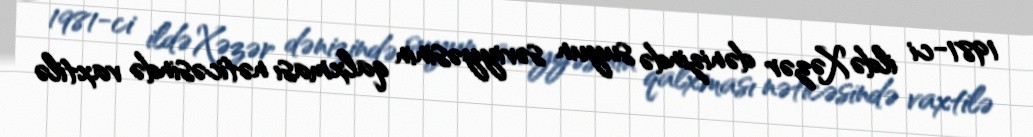
1981-ci ildə Xəzər dənizində suyun səviyyəsinin qalxması nəticəsində vaxtilə